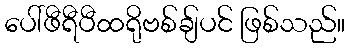
ပေါ်ဖီရီပီထရိုဗစ်ချ်ပင် ဖြစ်သည်။